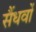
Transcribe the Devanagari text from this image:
सैंधवों